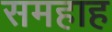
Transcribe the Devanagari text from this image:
समहाह